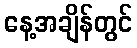
နေ့အချိန်တွင်